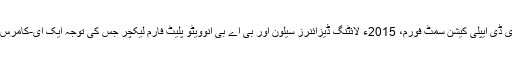
مثال کے طور پر چھٹی ایل ای ڈی ایپلی کیشن سمٹ فورم، 2015ء لائٹنگ ڈیزائنرز سیلون اور بی اے بی انوویٹو پلیٹ فارم لیکچر جس کی توجہ ایک ای-کامرس پلیٹ فارم کی تیاری پر تھی۔